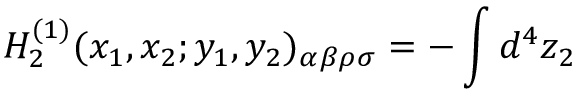
{ \cal H } _ { 2 } ^ { ( 1 ) } ( x _ { 1 } , x _ { 2 } ; y _ { 1 } , y _ { 2 } ) _ { \alpha \beta \rho \sigma } = - \int d ^ { 4 } z _ { 2 }